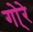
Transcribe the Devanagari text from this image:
गो्रे